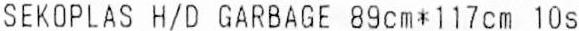
SEKOPLAS H/D GARBAGE 89CM*117CM 10S